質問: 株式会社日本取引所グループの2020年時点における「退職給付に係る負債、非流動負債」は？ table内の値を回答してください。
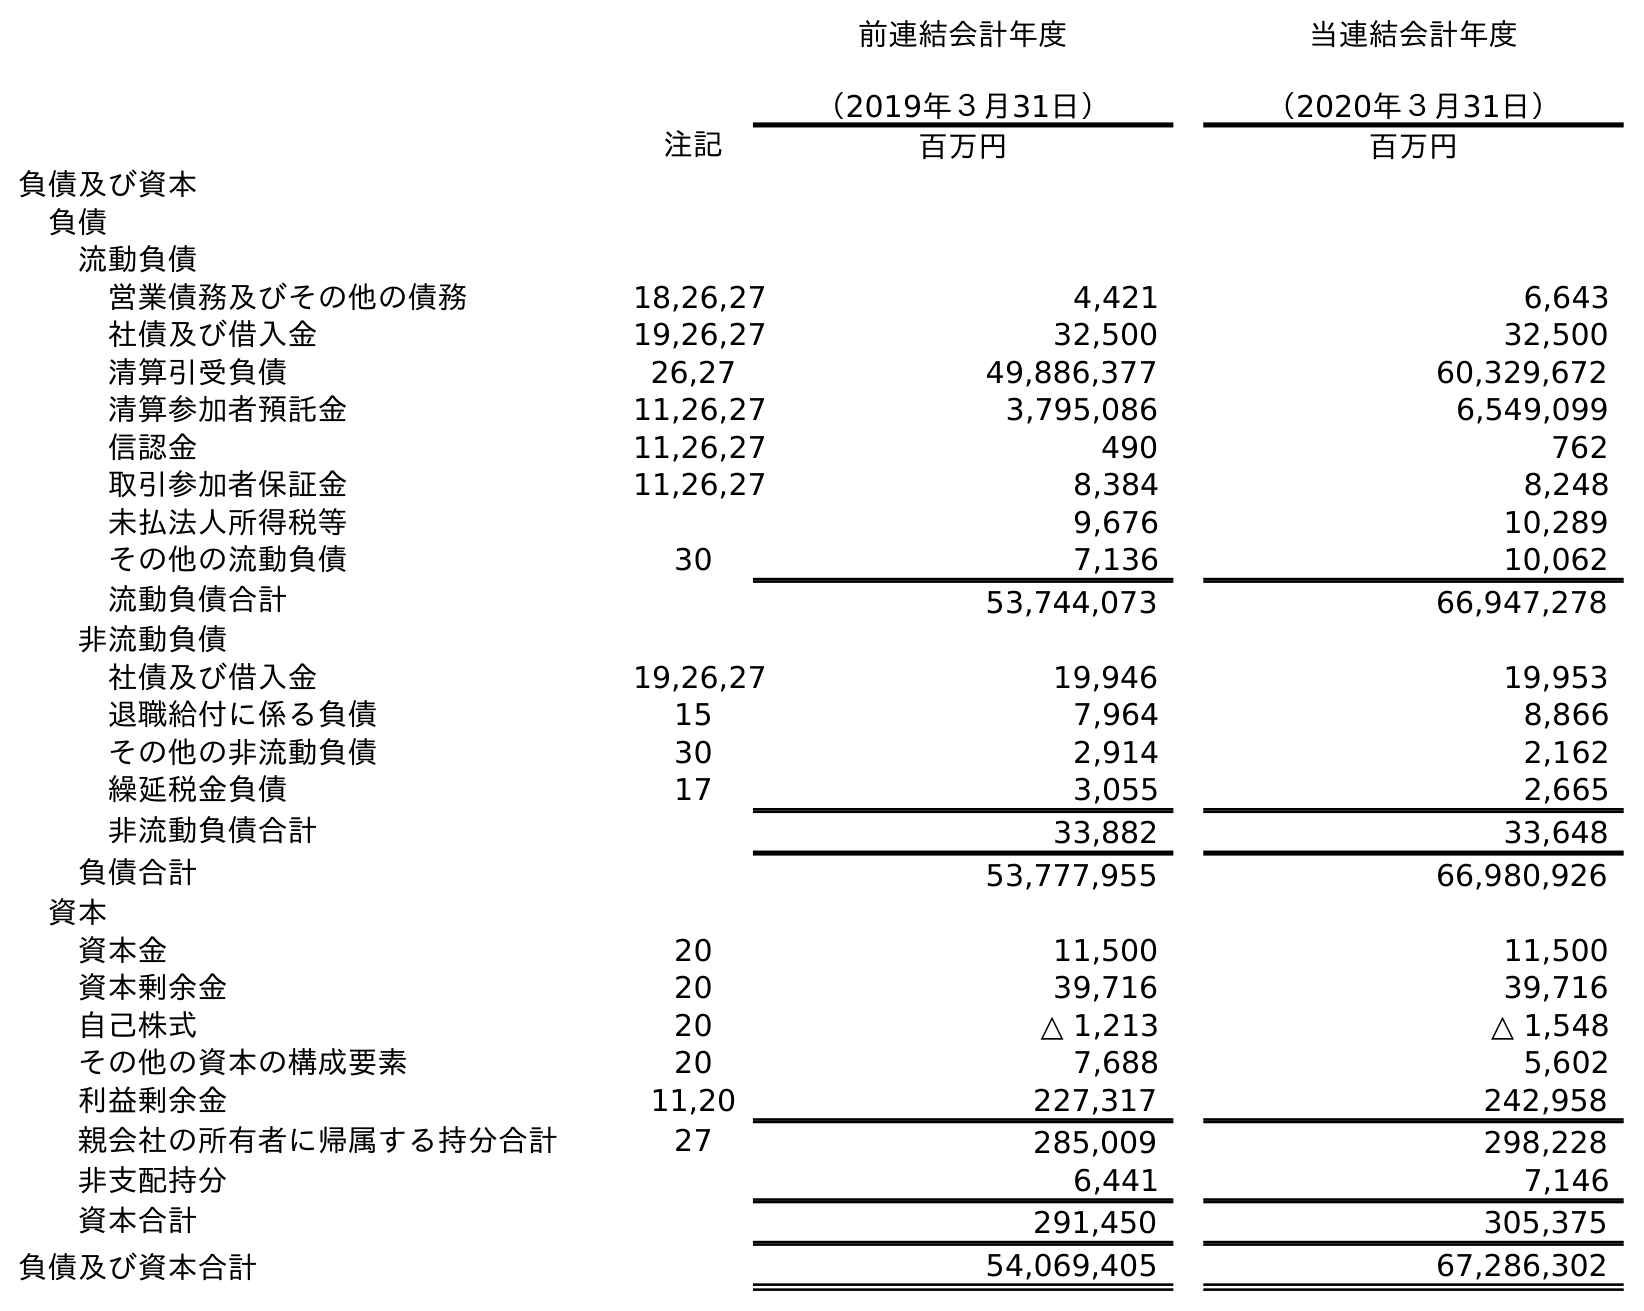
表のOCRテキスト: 前連結会計年度 （2019年３月31日） 当連結会計年度 （2020年３月31日） 注記 百万円 百万円 負債及び資本 負債 流動負債 営業債務及びその他の債務 18,26,27 4,421 6,643 社債及び借入金 19,26,27 32,500 32,500 清算引受負債 26,27 49,886,377 60,329,672 清算参加者預託金 11,26,27 3,795,086 6,549,099 信認金 11,26,27 490 762 取引参加者保証金 11,26,27 8,384 8,248 未払法人所得税等 9,676 10,289 その他の流動負債 30 7,136 10,062 流動負債合計 53,744,073 66,947,278 非流動負債 社債及び借入金 19,26,27 19,946 19,953 退職給付に係る負債 15 7,964 8,866 その他の非流動負債 30 2,914 2,162 繰延税金負債 17 3,055 2,665 非流動負債合計 33,882 33,648 負債合計 53,777,955 66,980,926 資本 資本金 20 11,500 11,500 資本剰余金 20 39,716 39,716 自己株式 20 △ 1,213 △ 1,548 その他の資本の構成要素 20 7,688 5,602 利益剰余金 11,20 227,317 242,958 親会社の所有者に帰属する持分合計 27 285,009 298,228 非支配持分 6,441 7,146 資本合計 291,450 305,375 負債及び資本合計 54,069,405 67,286,302
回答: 8,866